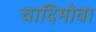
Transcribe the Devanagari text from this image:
चादिमोवा